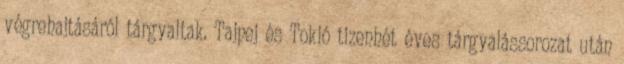
végrehajtásáról tárgyaltak. Tajpej és Tokió tizenhét éves tárgyalássorozat után